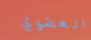
العضوي